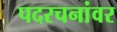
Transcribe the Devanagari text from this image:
पदरचनांवर